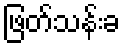
ဖြတ်သန်းခ